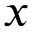
x